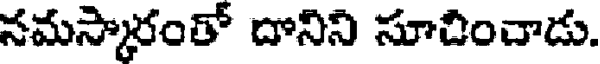
నమస్కారంతో దానిని సూదించాడు.